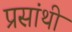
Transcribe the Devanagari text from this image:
प्रसांथी